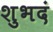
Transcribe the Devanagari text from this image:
शुभदं